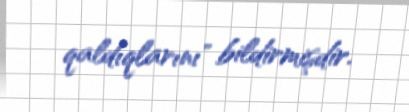
qaldıqlarını" bildirmişdir.